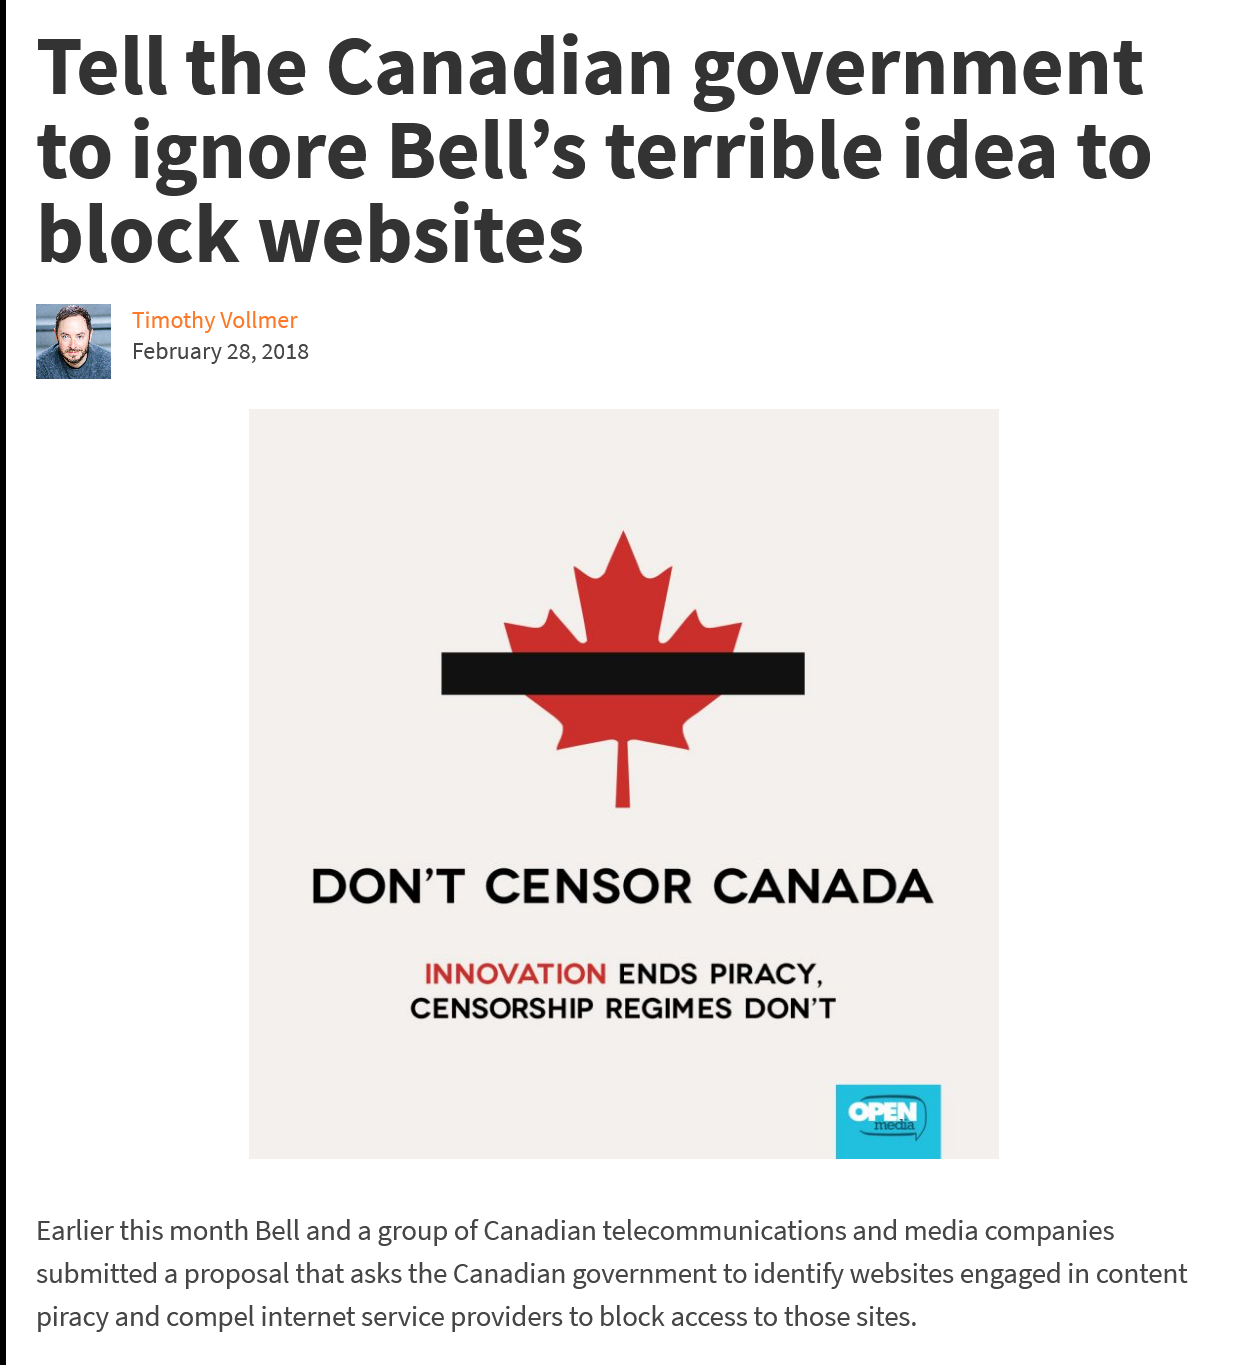
Tell    the    Canadian    government
   to    ignore    Bell’s    terrible    idea    to
   block    websites
     DON’T    CENSOR    CANADA
     INNOVATION   ENDS PIRACY,
     CENSORSHIP    REGIMES   DON’T
     DON’T    CENSOR    CANADA
     INNOVATION   ENDS PIRACY,
     CENSORSHIP    REGIMES   DON’T
   Earlier this month Bell and a group of Canadian telecommunications and media companies
   submitted a proposal that asks the Canadian government to identify websites engaged in content
   piracy and compel internet service providers to block access to those sites.
     Timothy Vollmer
     February 28, 2018